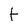
Character: t